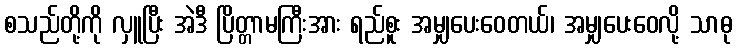
စသည်တို့ကို လှူပြီး အဲဒီ ပြိတ္တာမကြီးအား ရည်စူး အမျှပေးဝေတယ်၊ အမျှပေးဝေလို့ သာဓု